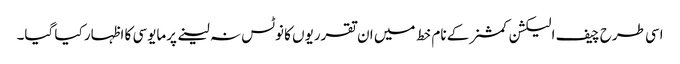
اسی طرح چیف الیکشن کمشنر کے نام خط میں ان تقرریوں کا نوٹس نہ لینے پرمایوسی کا اظہار کیا گیا۔